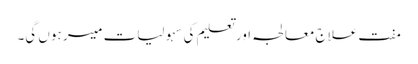
مفت علاج معالجہ اور تعلیم کی سہولیات میسر ہوں گی۔